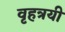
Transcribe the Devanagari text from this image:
वृहत्रयी